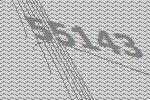
55143